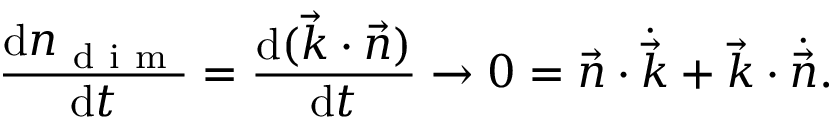
\frac { \mathrm { d } n _ { \mathrm { ~ d ~ i ~ m ~ } } } { \mathrm { d } t } = \frac { \mathrm { d } ( \vec { k } \cdot \vec { n } ) } { \mathrm { d } t } \rightarrow 0 = \vec { n } \cdot \dot { \vec { k } } + \vec { k } \cdot \dot { \vec { n } } .